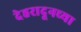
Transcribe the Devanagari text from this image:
देहरादूनच्या